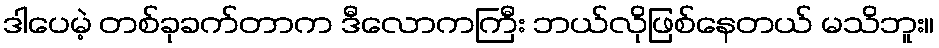
ဒါပေမဲ့ တစ်ခုခက်တာက ဒီလောကကြီး ဘယ်လိုဖြစ်နေတယ် မသိဘူး။